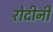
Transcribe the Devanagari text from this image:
रोदीनी